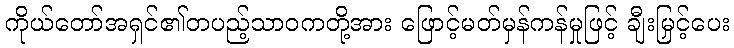
ကိုယ်တော်အရှင်၏တပည့်သာဝကတို့အား ဖြောင့်မတ်မှန်ကန်မှုဖြင့် ချီးမြှင့်ပေး